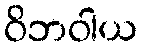
ဝိဘဝါယ